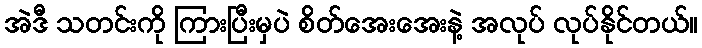
အဲဒီ သတင်းကို ကြားပြီးမှပဲ စိတ်အေးအေးနဲ့ အလုပ် လုပ်နိုင်တယ်။